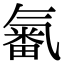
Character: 𣱫